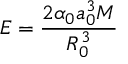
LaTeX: E = \frac { 2 \alpha _ { 0 } a _ { 0 } ^ { 3 } M } { R _ { 0 } ^ { 3 } }